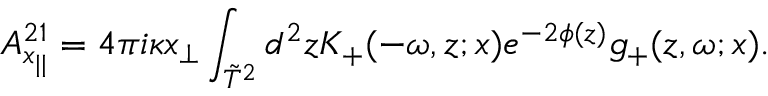
A _ { x _ { | | } } ^ { 2 1 } = 4 \pi i \kappa x _ { \perp } \int _ { \tilde { T } ^ { 2 } } d ^ { 2 } z K _ { + } ( - \omega , z ; x ) e ^ { - 2 \phi ( z ) } g _ { + } ( z , \omega ; x ) .